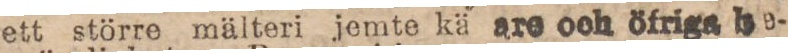
ett större mälteri jemte kä are och öfriga be-